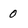
Character: 0